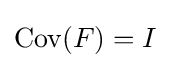
\mathrm {Cov} (F)=I